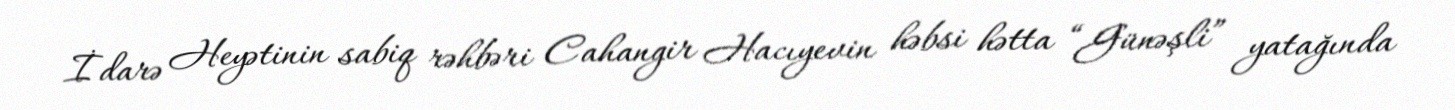
İdarə Heyətinin sabiq rəhbəri Cahangir Hacıyevin həbsi hətta “Günəşli” yatağında